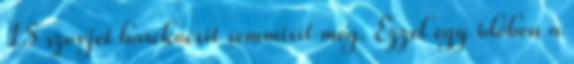
15 szovjet harckocsit semmisít meg. Ezzel egy időben a